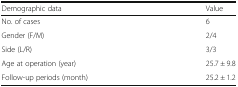
| Demographic data | Value |
 | --- | --- |
 | No. of cases | 6 |
 | Gender (F/M) | 2/4 |
 | Side (L/R) | 3/3 |
 | Age at operation (year) | 25.7 ± 9.8 |
 | Follow-up periods (month) | 25.2 ± 1.2 |